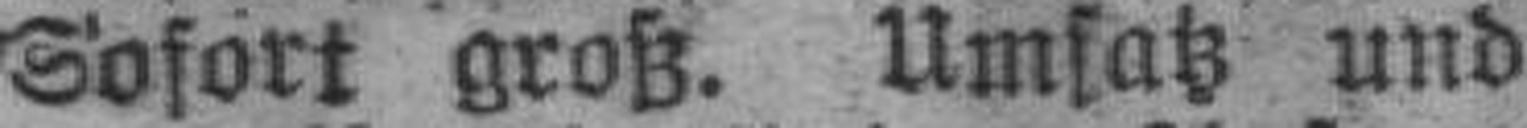
Sofort groß. Umsatz und